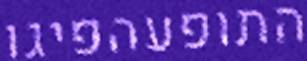
התופעהפיגו